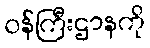
ဝန်ကြီးဌာနကို